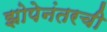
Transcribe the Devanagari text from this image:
झोपेनंतरची